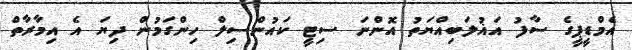
އެމްޑީޕީގެ ސާފު އަޣުލަބިއްޔަތު އޮންނަ ސިޓީ ކައުންސިލް ހިންގަމުން ދިޔަ އެ އިމާރާތް